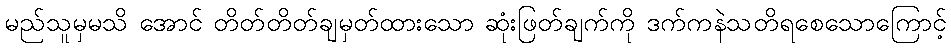
မည်သူမှမသိ အောင် တိတ်တိတ်ချမှတ်ထားသော ဆုံးဖြတ်ချက်ကို ဒက်ကနဲသတိရစေသောကြောင့်